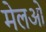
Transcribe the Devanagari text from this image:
मेलओ